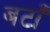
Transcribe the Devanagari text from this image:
बटाँ